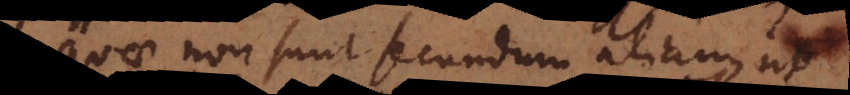
quae non sunt secundum aliam, ut